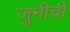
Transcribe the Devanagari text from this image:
जुनीची